Indian journal of veterinary science and animal husbandry - Volume 4,
Year: 1934
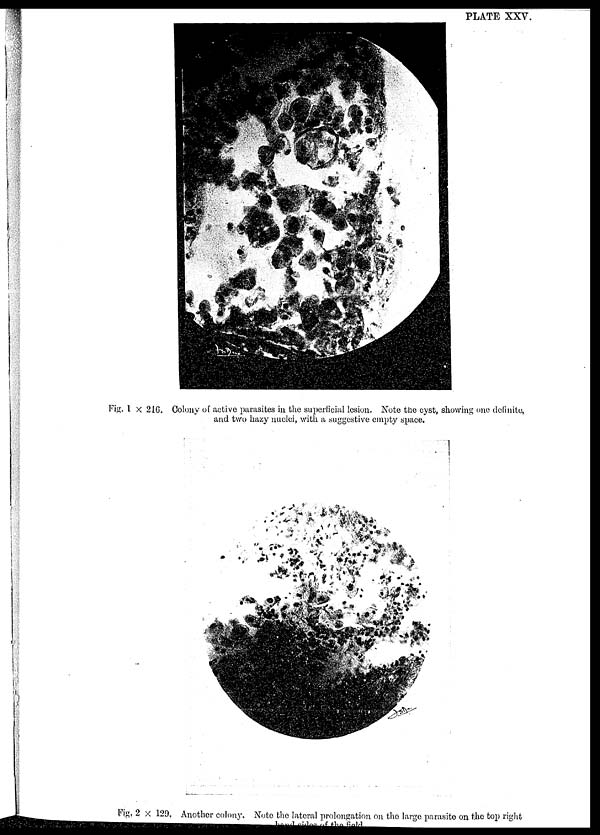
PLATE XXV.
Fig. 1 × 216. Colony of active parasites in the superficial lesion. Note the cyst, showing one definite,
and two hazy nuclei, with a suggestive empty space.
Fig. 2 × 129. Another colony. Note the lateral prolongation on the large parasite on the top right
hand sides of the field.